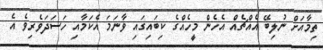
ތިމާއަށް ނުލިބޭ އެއްޗެއް އެހެން މީހެއްގެ ކިބައިގައި ވާނަމަ އެކަމާއި ހަސަދަވެރިވެ އެ